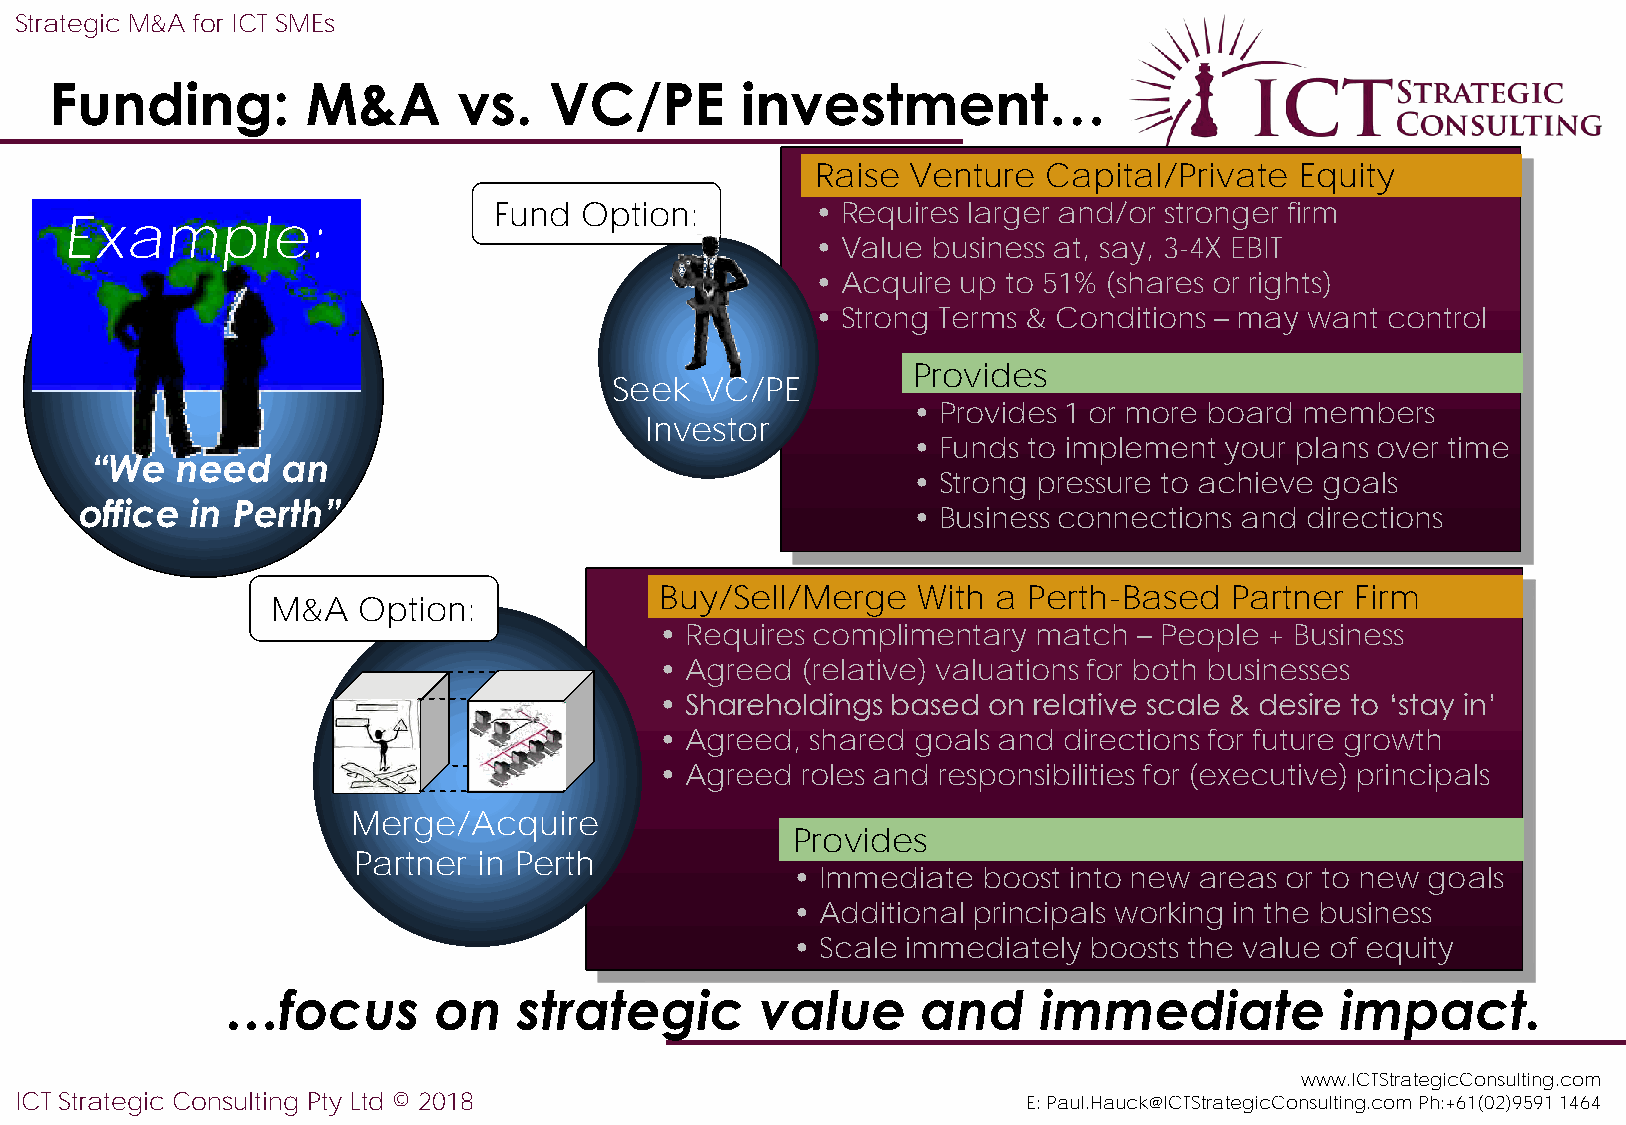
Strategic M&A for ICT SMEs
 Funding:         M&A       vs.   VC/PE        investment…
 Raise Venture  Capital/Private  Equity
 Fund Option:         • Requires larger and/or stronger firm
 Example:
 • Value business at, say, 3-4X EBIT
 • Acquire up to 51% (shares or rights)
 • Strong Terms & Conditions – may want control
 Provides
 Seek VC/PE
 • Provides 1 or more board members
 Investor
 • Funds to implement your plans over time
 “We   need   an
 • Strong pressure to achieve goals
 office  in Perth”
 • Business connections and directions
 Buy/Sell/Merge   With a Perth-Based  Partner  Firm
 M&A   Option:
 • Requires complimentary match – People + Business
 • Agreed (relative) valuations for both businesses
 • Shareholdings based on relative scale & desire to ‘stay in’
 • Agreed, shared goals and directions for future growth
 • Agreed roles and responsibilities for (executive) principals
 Merge/Acquire
 Provides
 Partner  in Perth
 • Immediate  boost into new areas or to new goals
 • Additional principals working in the business
 • Scale immediately boosts the value of equity
 …focus        on   strategic       value      and     immediate           impact.
 www.ICTStrategicConsulting.com
 ICT Strategic Consulting Pty Ltd © 2018                            E: Paul.Hauck@ICTStrategicConsulting.com Ph:+61(02)9591 1464